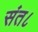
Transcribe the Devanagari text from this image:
संत८